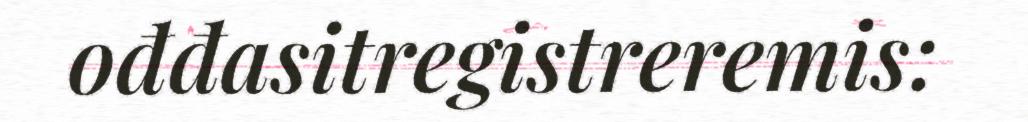
ođđasitregistreremis: